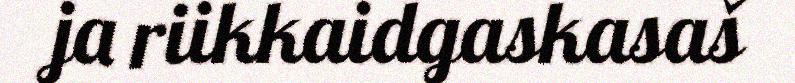
ja riikkaidgaskasaš